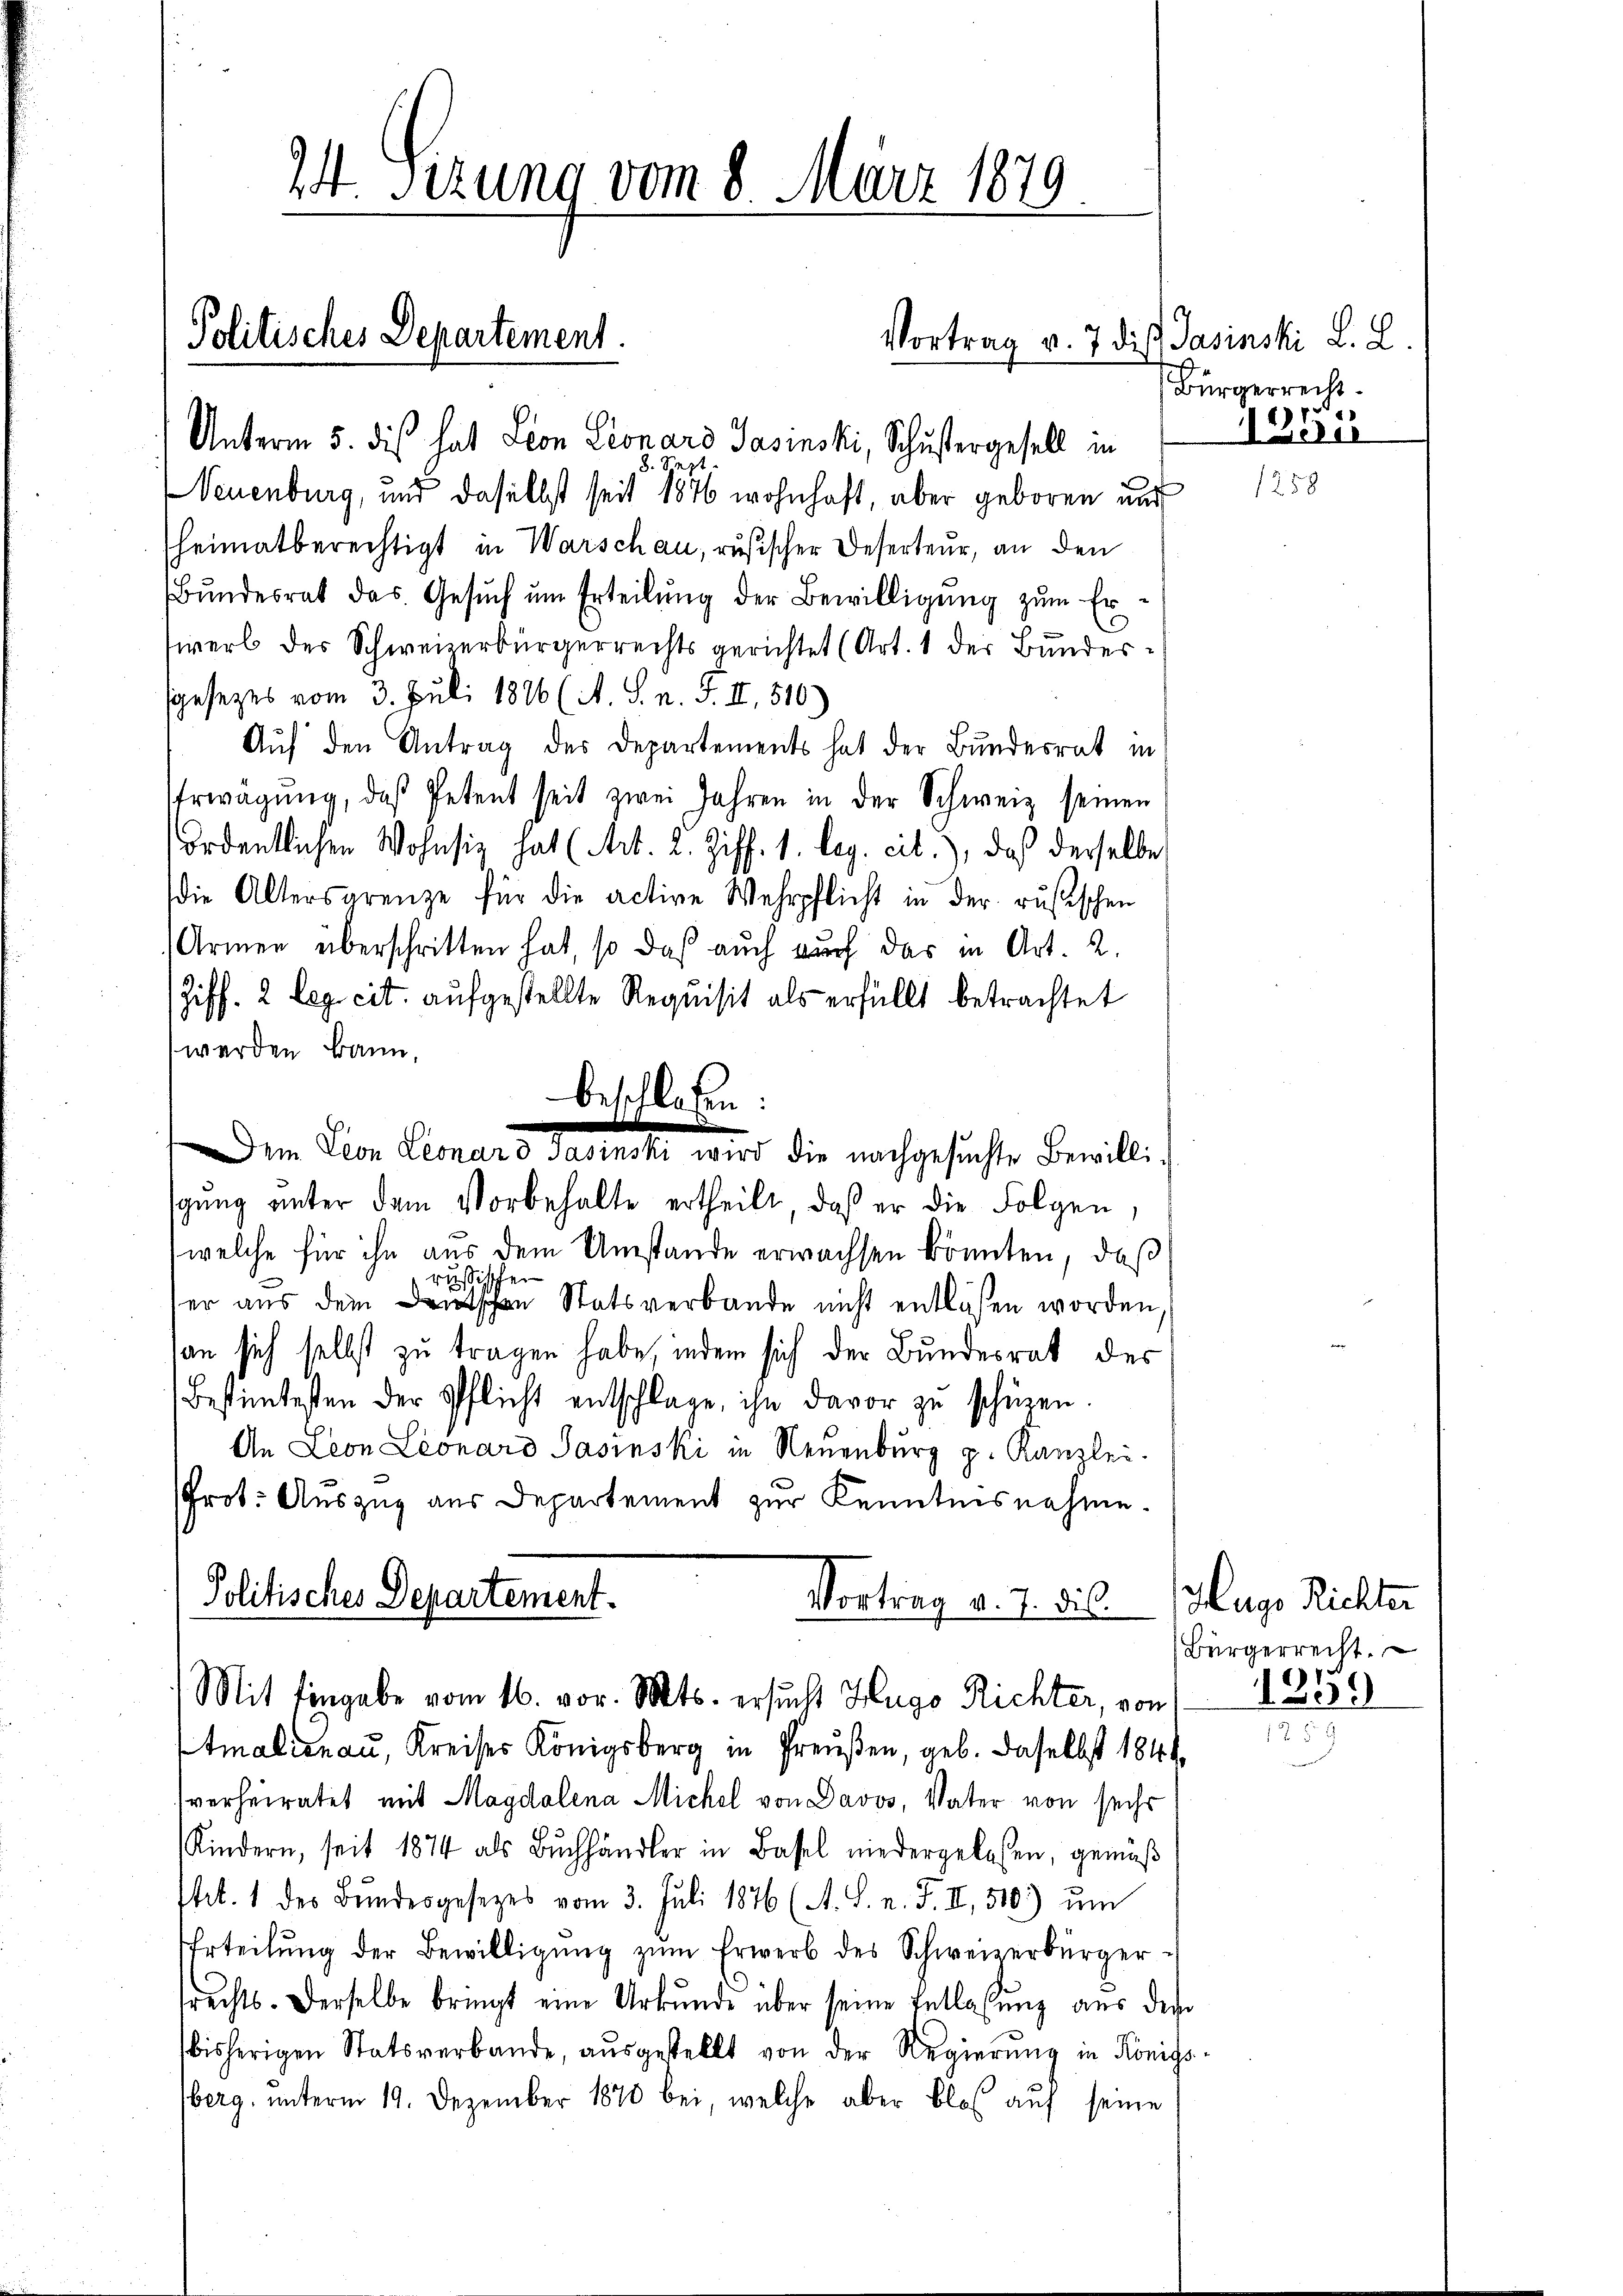
24 sezung vom 8. März 1879

Politisches Departement.

Unterm 5. dis hat Leon Lionaro Jasinski, Schustergesell in
8. Spez
Neuenburg, und daselbst seit 1876 wohnhaft, aber geboren und
heimatberechtigt in Warschau, rusischer Deserteur, an den
Bundesrat das Gesŭch ŭm Erteilŭng der Bewilligung zum Ersirerl des Schweizerbürgerrechts gerichtet (Art. 1 der Bundessgesezes vom 3. Juli 1826 (A. S. n. F. II, 510.)
Auf den Antrag des Departements hat der Bundesrat in
Erwägŭng, daß Petent seit zwei Jahren in der Schweiz seinen
ordentlichen Wohnsitz hat (Art. 2. Ziff. 1. leg. cit.), daß derselbe
die Altersgrenze für die active Wehrpflicht in der russischen
Armen überschritten hat, so daß auch auch das in Art. 2.
Ziff. 2 leg. cit. aufgestellte Requisit als erfüllt betrachtet
werden kann,
beschlossen:
17
em Leon Leonard Sasinski wird die nachgesŭchte Bewilli-
sgang unter dem Vorbehalte ertheilt, daß er die Folgen,
welche für ihn aus dem Umstände erwachsen könnten, daß
russischen
er aus dem Deutschen Statsverbande nicht entlaßen worden.
an sich selbst zu tragen habe, indem sich der Bundesrat des
Bestimtesten der Pflicht entschlage ihn davor zu schüzen.
An Leon Leonaro Jasinski in Neuenburg p. Kanzlei-
Prot. Auszug aus Departement zur Kenntnisnahme.
Politisches Departement.
Vortrag d. 7. dies

Mit Eingabe vom 16. vor. Mts. ersucht Hugo Richter, von

Etmalienau, Kreises Königsberg in Preußen, geb. Daselbst 1844
verheiratet mit Magdalena Michel von Davos, Vater von sechs
Kindern, seit 1874 als Buchhändler in Basel niedergelassen, gemäß
tit. 1 des Bundesgesetzes vom 3. Juli 1876 (A. S. n. F. II, 510.) um
Erteilŭng der Bewilligŭng zŭm Erwerb des Schweizerbürgersrechts. Derselbe bringt eine Urkunde über seine Entlassung aus des
bisherigen Statsverbande, aŭsgestellt von der Regierŭng in Königs
berg, unterm 19. Dezember 1878 bei welche aber bloß auf seine

Vortrag v. 7 die Pasinski L. L.

Bürgerrecht.

1251

Hugo Richter
Bürgerrecht.

1359